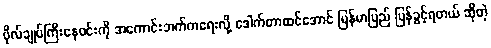
ဗိုလ်ချုပ်ကြီးနေဝင်းကို အကောင်းဘက်ကရေးလို့ ဒေါက်တာထင်အောင် မြန်မာပြည် ပြန်ခွင့်ရတယ် ဆိုတဲ့